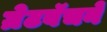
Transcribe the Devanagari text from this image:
ग्रेटबॅचने